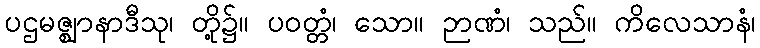
ပဌမဇ္ဈာနာဒီသု၊ တို့၌။ ပဝတ္တံ၊ သော။ ဉာဏံ၊ သည်။ ကိလေသာနံ၊